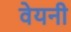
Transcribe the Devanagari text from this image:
वेयनी